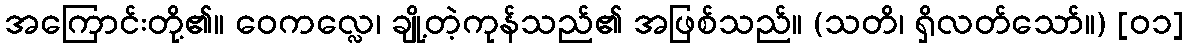
အကြောင်းတို့၏။ ဝေကလ္လေ၊ ချို့တဲ့ကုန်သည်၏ အဖြစ်သည်။ (သတိ၊ ရှိလတ်သော်။) [၀၁]